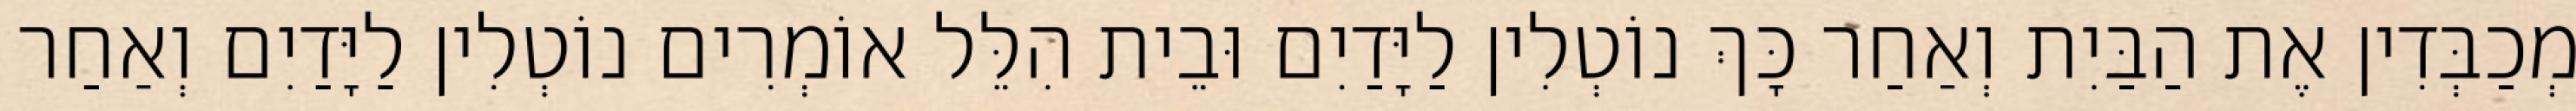
מְכַבְּדִין אֶת הַבַּיִת וְאַחַר כָּךְ נוֹטְלִין לַיָּדַיִם וּבֵית הִלֵּל אוֹמְרִים נוֹטְלִין לַיָּדַיִם וְאַחַר